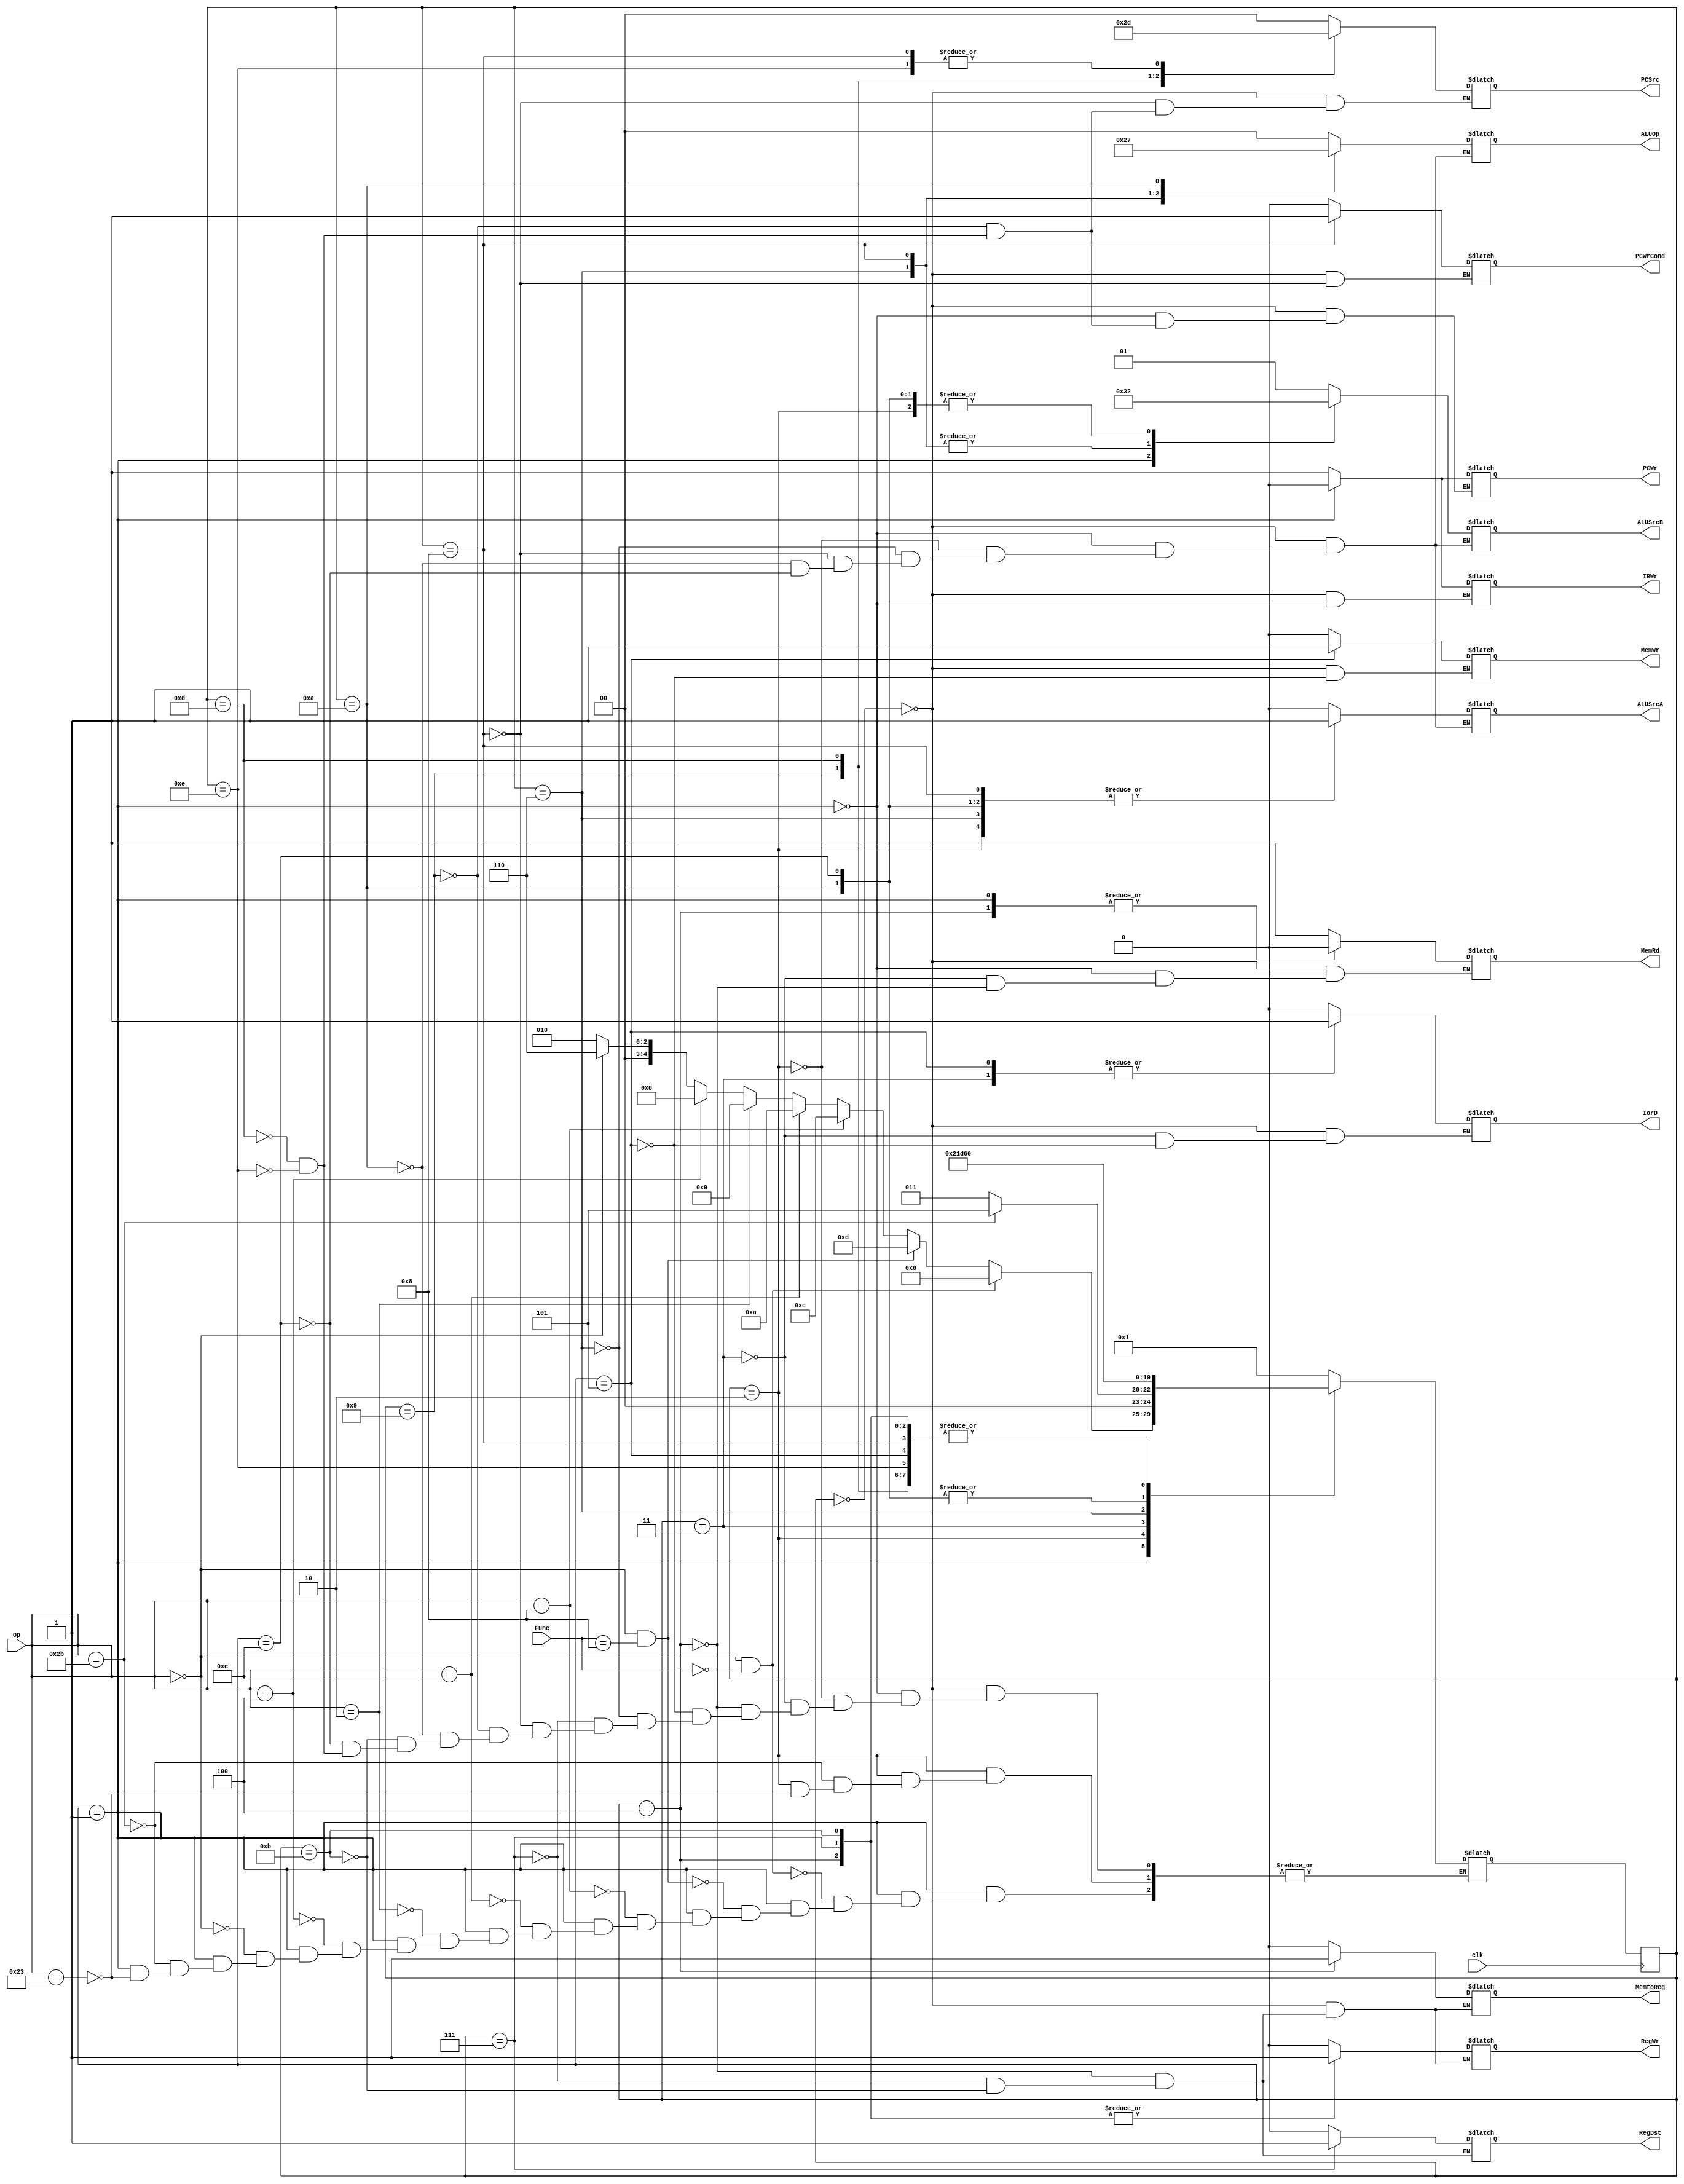
module Controller (clk,  Op,Func, PCWrCond, PCWr , IorD, MemRd, MemWr, MemtoReg, IRWr, PCSrc, ALUOp, ALUSrcB, ALUSrcA, RegWr, RegDst);
input [5:0] Op;
input [5:0] Func;
input clk;
output [1:0] ALUOp, ALUSrcB, PCSrc;
output PCWrCond, PCWr , IorD, MemRd, MemWr, MemtoReg, IRWr, ALUSrcA, RegWr, RegDst; 
reg [1:0] ALUOp, ALUSrcB, PCSrc;
reg PCWrCond, PCWr , IorD, MemRd, MemWr, MemtoReg, IRWr, ALUSrcA, RegWr, RegDst;
reg [4:0] state =0, nextstate; 
parameter S0=0;
parameter S1=1;
parameter S2=2;
parameter S3=3; 
parameter S4=4; 
parameter S5=5; 
parameter S6=6; 
parameter S7=7; 
parameter S8=8; 
parameter S9=9; 
parameter S10=10; 
parameter S11=11;
parameter S12=12;
parameter S13=13;
parameter S14=14;
parameter S15=15;

always@(posedge clk) begin 
state=nextstate;
end
always @(state, Op,Func) begin //if lack Func  nop instruction will cause error

case(state)
S0: begin
MemRd=1'b1; 
ALUSrcA=1'b0; 
IorD= 1'b0; 
IRWr=1'b1; 
ALUSrcB=2'b01; 
ALUOp= 2'b00; 
PCWr =1'b1; 
PCSrc=2'b00; 
nextstate=S1; 
RegWr = 1'b0; 
MemWr=1'b0; 
PCWrCond= 1'b0; 
MemtoReg=1'b0;
end
S1: begin 
MemRd=1'b0;
IRWr=1'b0;
ALUSrcA=1'b0;
ALUSrcB=2'b11;
PCWr =1'b0;
ALUOp= 2'b00;
if(Op==6'b100011) begin // op code  lw or sw
nextstate=S2; 
end
if(Op==6'b101011) begin // op code  lw or sw 
nextstate=S2;
end
if(Op==6'b000000) begin //  R type instruction
nextstate=S6; end
if(Op==6'b000100) begin // beq instruction 
nextstate=S8;
end
if(Op==6'b000010) begin // jump instruction 
nextstate=S9;
end

if(Op==6'b001100) begin // ANDI
nextstate=S10; 
end
if(Op==6'b001000) begin // ADDI
nextstate=S12; 
end
if(Op==6'b000000 && Func==6'b001000) begin // JR
nextstate=S13; 
end
if(Op==6'b000000 && Func==6'b000000) begin // NOP
nextstate=S0; 
end

end
S2: begin
ALUSrcA = 1'b1;
ALUSrcB= 2'b10; 
ALUOp = 2'b00;
if(Op==6'b100011) begin //if lw 
nextstate=S3;
end
if(Op==6'b101011) begin // if SW instruction 
nextstate=S5;
end 
end
S3: begin MemRd=1'b1;
IorD = 1'b1; 
nextstate=S4;

end
S4: begin
RegDst = 1'b0;
RegWr = 1'b1; 
MemtoReg= 1'b1; 
nextstate=S0; 
MemRd=1'b0;
end
S5: begin 
MemWr=1'b1;
IorD= 1'b1; 
nextstate=S0;
end
S6: begin
ALUSrcA= 1'b1;
ALUSrcB= 2'b00; 
ALUOp = 2'b10; 
nextstate = S7;
end
S7: begin
RegDst= 1'b1;
RegWr = 1'b1; 
MemtoReg = 1'b0; 
nextstate= S0;
end
S8: begin
ALUSrcA= 1'b1;
ALUSrcB= 2'b00; 
ALUOp=2'b01; 
PCWrCond= 1'b1; 
PCSrc = 2'b01; 
nextstate= S0;
end
S9: begin
PCWr = 1'b1;
PCSrc= 2'b10;
nextstate= S0; 
end
S10: begin

ALUSrcA= 1'b1; 
ALUSrcB= 2'b10; 
ALUOp = 2'b11; 
nextstate = S11;
end
S11: begin  //I type instrction register write
RegDst= 1'b0;
RegWr = 1'b1; 
MemtoReg = 1'b0; 
nextstate= S0;
end

S12: begin
ALUSrcA= 1'b1; 
ALUSrcB= 2'b10; 
ALUOp = 2'b00; 
nextstate = S11;
end

S13: begin
PCWr=1'b1;
PCSrc=2'b11;
nextstate = S0;
end

S14: begin
PCWr=1'b1;
PCSrc = 2'b01;
nextstate = S0;
end

endcase 
end
endmodule